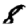
Digit: 8